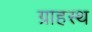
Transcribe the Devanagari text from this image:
ग्राहस्थ